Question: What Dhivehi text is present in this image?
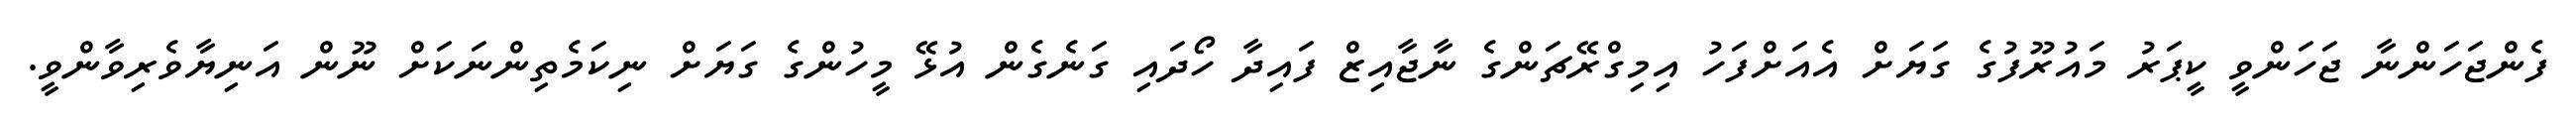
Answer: ފެންޖަހަންނާ ޖަހަންވީ ކީޕަރު މައުރޫފުގެ ގަޔަށް އެއަށްފަހު އިމިގްރޭޗަންގެ ނާޖާއިޒް ފައިދާ ހޯދައި ގަނެގެން އުޅޭ މީހުންގެ ގަޔަށް ނިކަމެތިންނަކަށް ނޫން އަނިޔާވެރިވާންވީ.